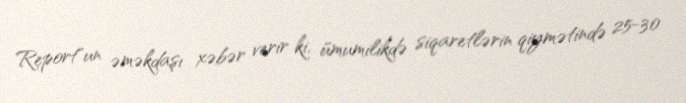
Report"un əməkdaşı xəbər verir ki, ümumilikdə siqaretlərin qiymətində 25-30